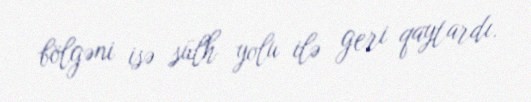
bölgəni isə sülh yolu ilə geri qaytardı.